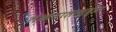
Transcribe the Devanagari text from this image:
लेखनालासुद्धा